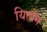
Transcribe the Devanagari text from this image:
यितोंग